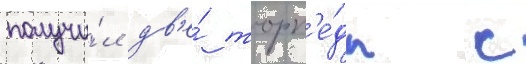
получи́л дв'е́ торп'е́ды с